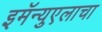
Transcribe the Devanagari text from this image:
इमॅन्युएलाचा